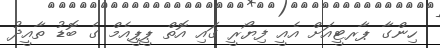
ހިންގާ ޕާރޓީއަށް އެއީ ފިޔޯރީ ގައި އޮތް ޕީޕީއެމް ގެ ބޮޑު ތާއީދު